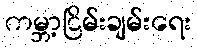
ကမ္ဘာ့ငြိမ်းချမ်းရေး